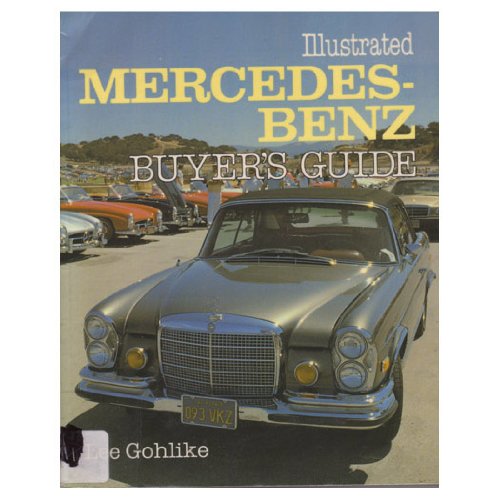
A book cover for Illustrated Mercedes-Benz Buyer's Guide; Lee Gohlike; Engineering & Transportation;